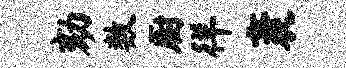
劾数厨徉袤